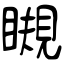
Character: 瞡